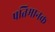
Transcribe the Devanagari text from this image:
प्रतिमानक